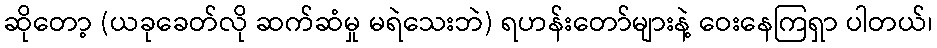
ဆိုတော့ (ယခုခေတ်လို ဆက်ဆံမှု မရဲသေးဘဲ) ရဟန်းတော်များနဲ့ ဝေးနေကြရှာ ပါတယ်၊